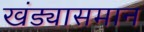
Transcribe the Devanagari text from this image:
खंड्यासमान